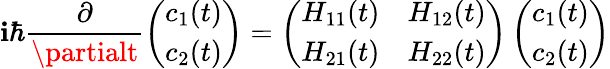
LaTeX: \mathbf{i}\hbar\frac{{\partial}}{{\partialt}}\left(\begin{array}{l}{c_{1}(t)}\\ {c_{2}(t)}\end{array}\right)=\left(\begin{array}{ll}{H_{11}(t)}&{H_{12}(t)}\\ {H_{21}(t)}&{H_{22}(t)}\end{array}\right)\left(\begin{array}{l}{c_{1}(t)}\\ {c_{2}(t)}\end{array}\right)